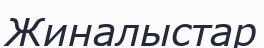
Жиналыстар